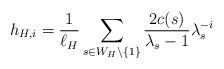
LaTeX: \begin{align*} h_{H,i}=\frac{1}{\ell_H}\sum_{s\in W_H\setminus \{1\}}\frac{2c(s)}{\lambda_s-1}\lambda_s^{-i}\end{align*}